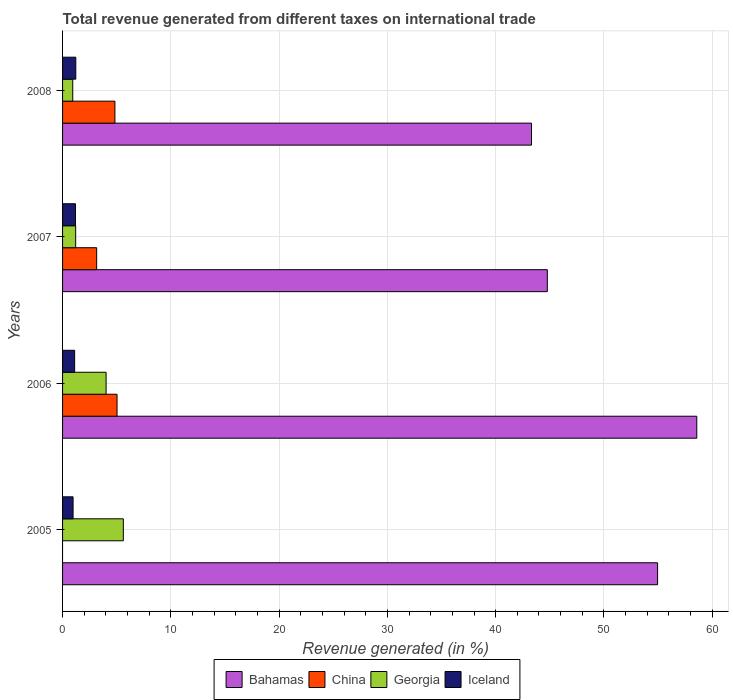
| Years | Bahamas | China | Georgia | Iceland |
 | --- | --- | --- | --- | --- |
 | 2005 | 55 | -15.8 | 5.61 | 0.971 |
 | 2006 | 58.6 | 5.03 | 4.02 | 1.12 |
 | 2007 | 44.8 | 3.15 | 1.21 | 1.19 |
 | 2008 | 43.3 | 4.84 | 0.941 | 1.22 |